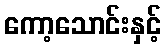
ကော့သောင်းနှင့်